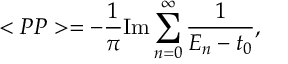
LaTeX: < P P > = - \frac { 1 } { \pi } \mathrm { I m } \sum _ { n = 0 } ^ { \infty } \frac { 1 } { E _ { n } - t _ { 0 } } ,